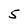
Character: 5